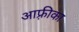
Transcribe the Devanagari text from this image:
आफ़्रीका